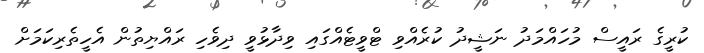
ކުރީގެ ރައީސް މުހައްމަދު ނަޝީދު ކުރެއްވި ޓްވީޓެއްގައި ވިދާޅުވީ ދިވެހި ރައްޔިތުން އެހީތެރިކަމަށް